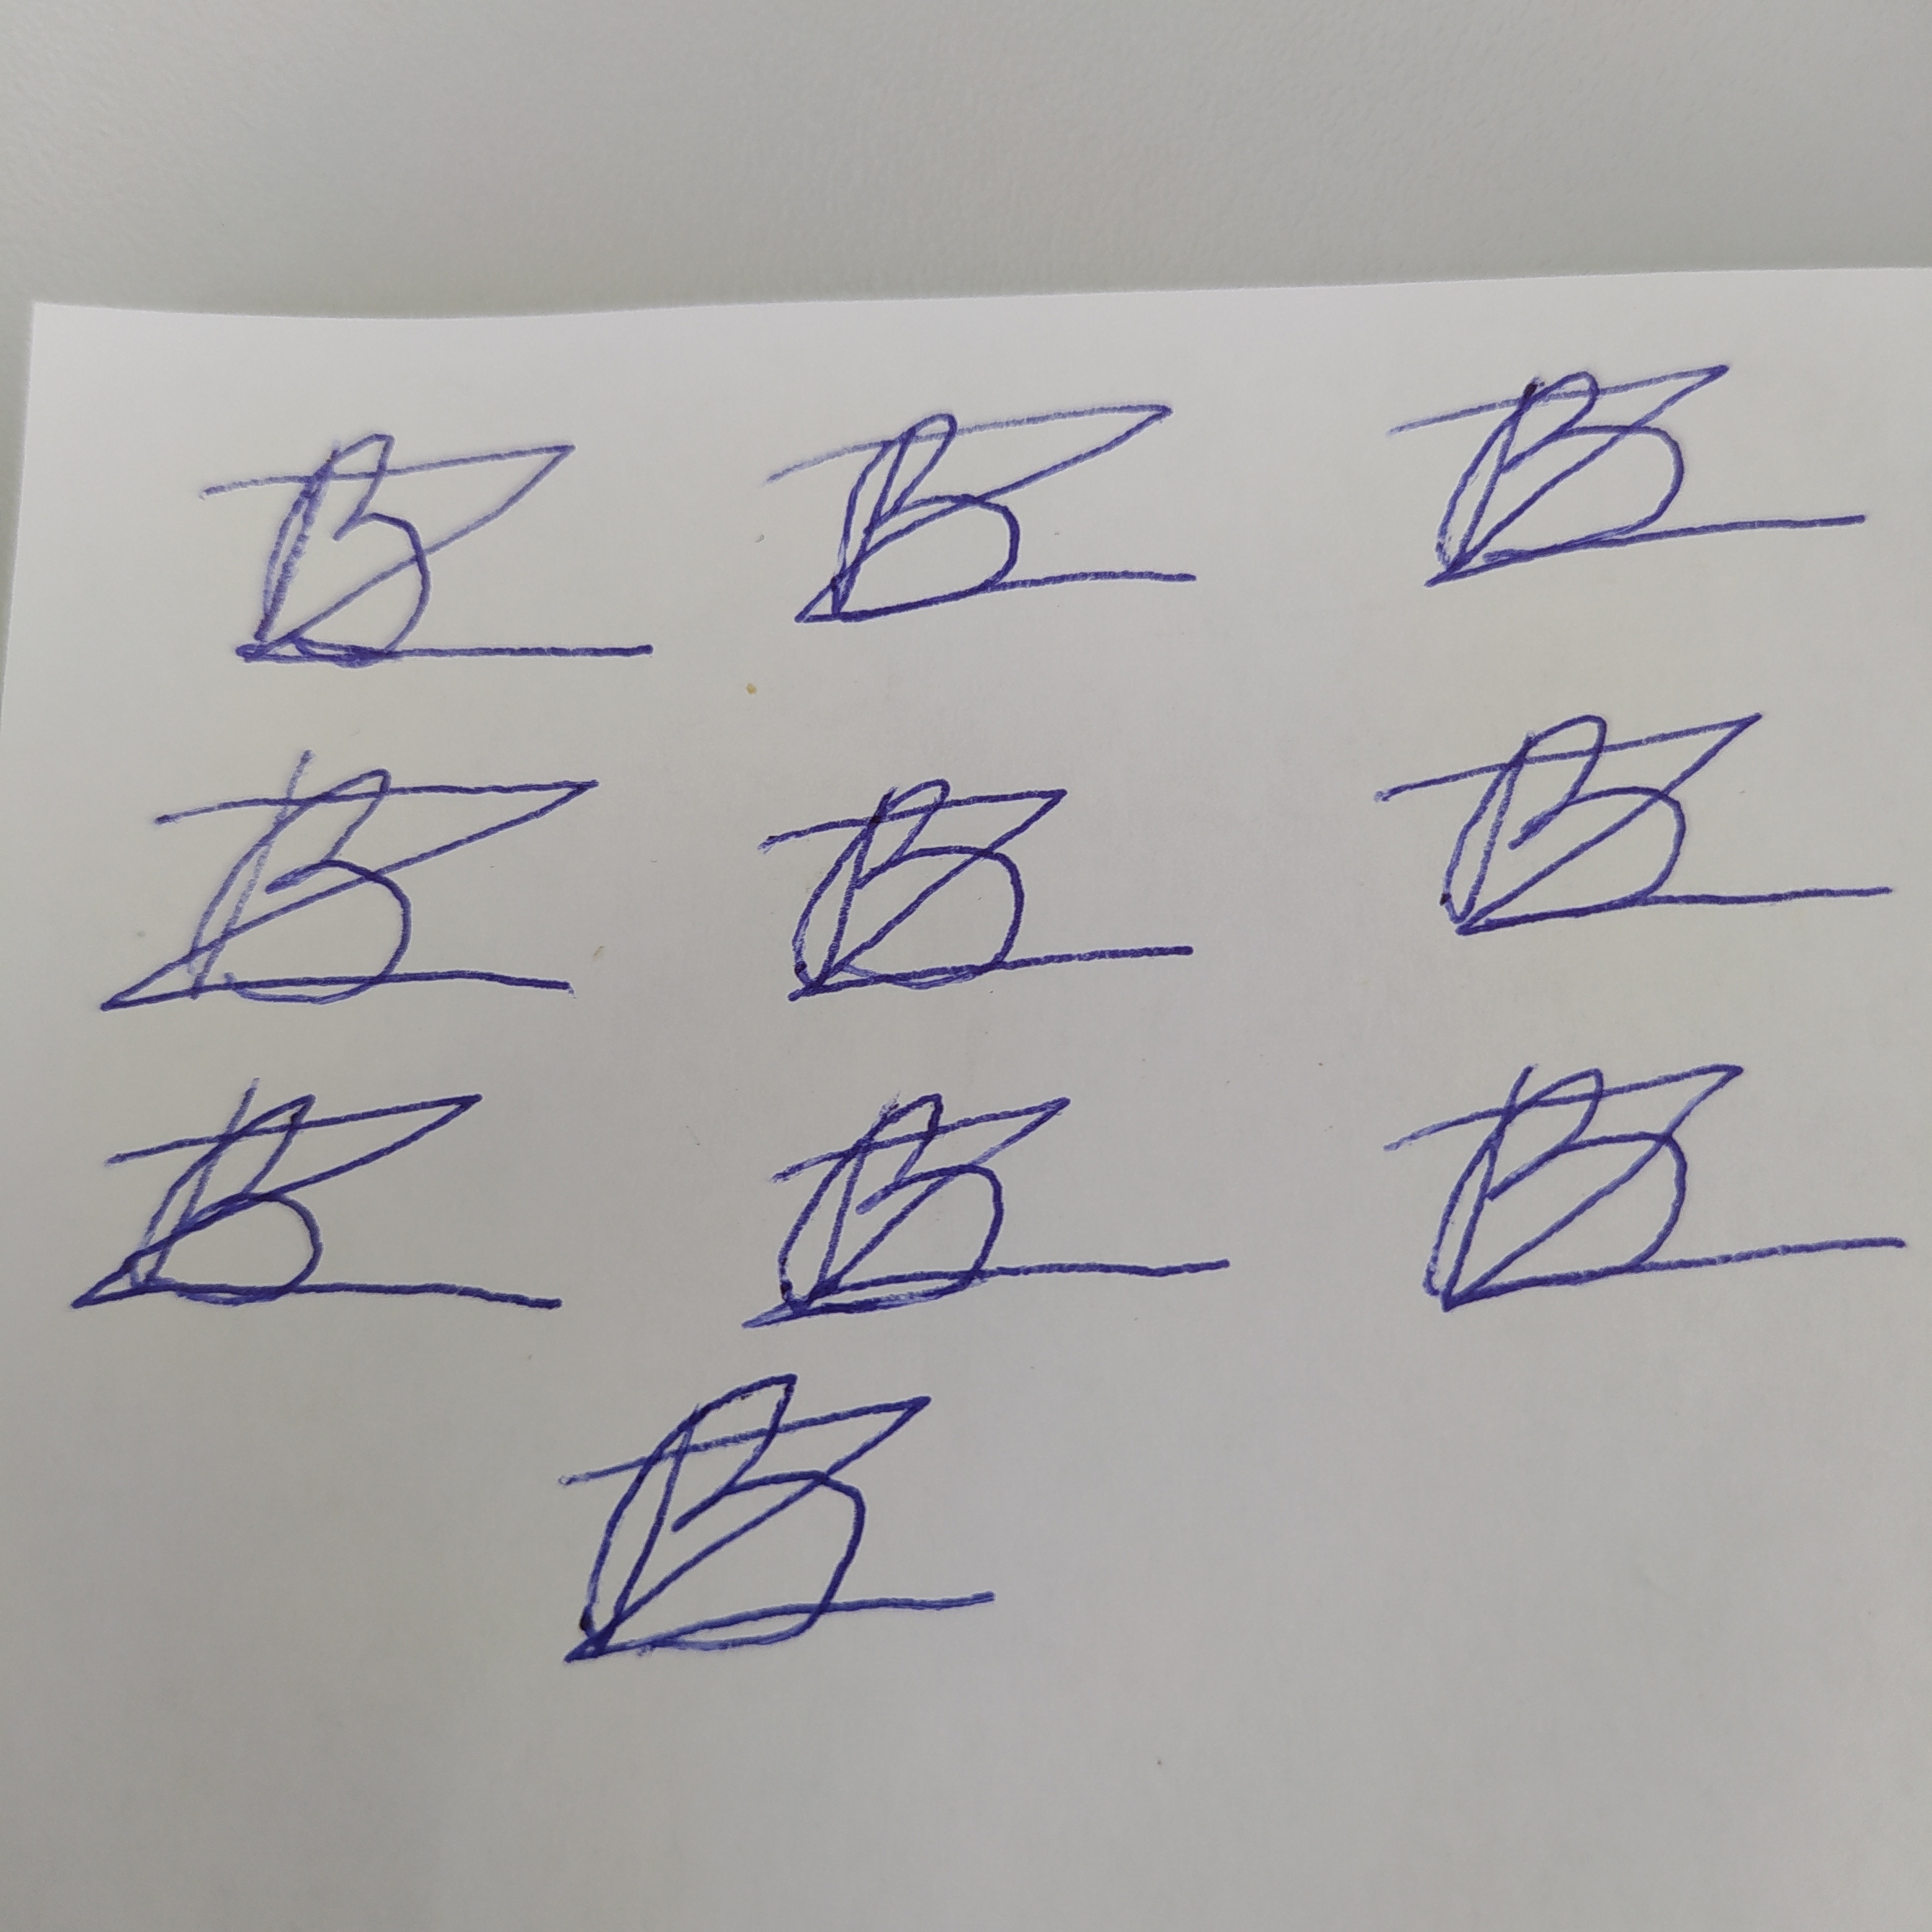
Signature authenticity: forged